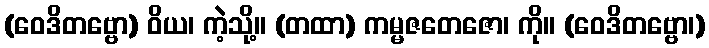
(ဝေဒိတဗ္ဗော) ဝိယ၊ ကဲ့သို့။ (တထာ) ကမ္မဇတေဇော၊ ကို။ (ဝေဒိတဗ္ဗော၊)